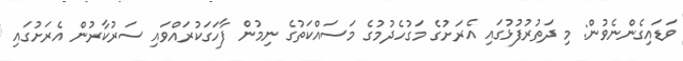
ވަޑައިގެންނެވުން: މި ދަތުރުފުޅުގައި އެރަށުގެ މަގުހެދުމުގެ މަސައްކަތުގެ ނިމުން ފާހަގަކުރައްވައި ސަރުކާރުން އެރަށުގައި